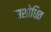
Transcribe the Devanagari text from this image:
सशोधित